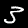
Digit: 3